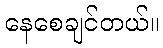
နေစေချင်တယ်။